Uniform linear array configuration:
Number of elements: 16
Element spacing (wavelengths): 0.5
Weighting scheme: blackman
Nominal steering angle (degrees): -60
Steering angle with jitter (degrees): -58.487
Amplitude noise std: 0.05
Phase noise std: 0.05

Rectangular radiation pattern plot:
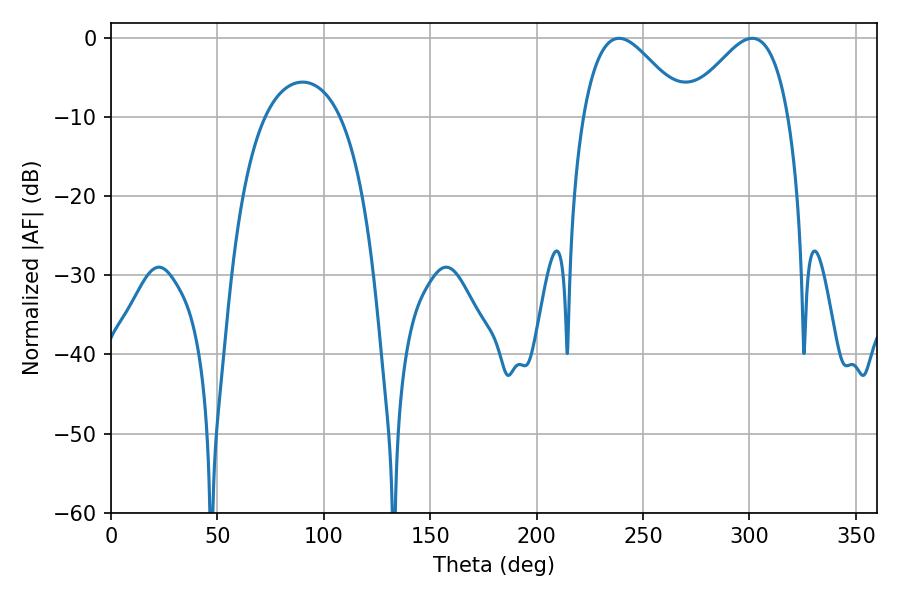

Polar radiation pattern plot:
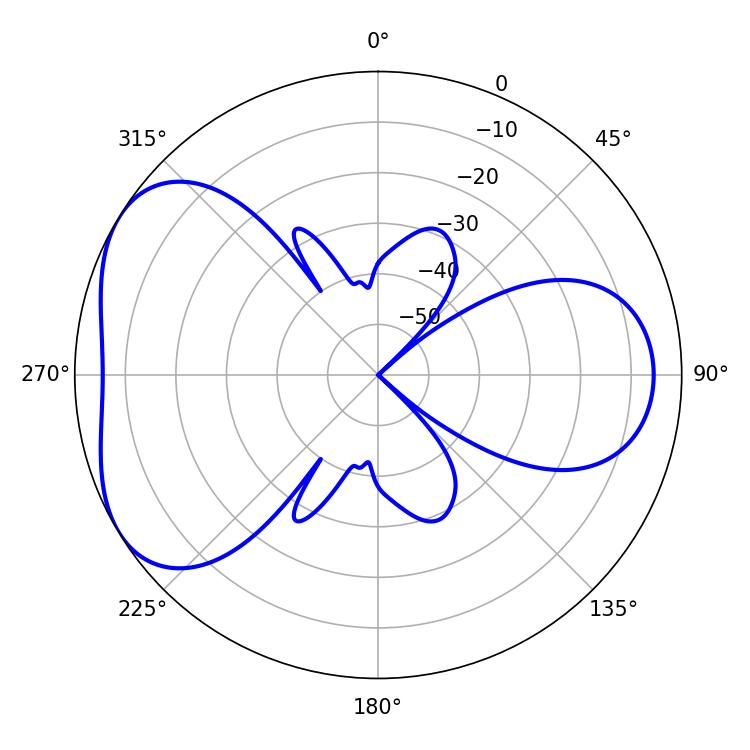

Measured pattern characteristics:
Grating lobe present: FALSE
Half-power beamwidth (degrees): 25.56
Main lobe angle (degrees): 238.68